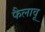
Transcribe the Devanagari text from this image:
फैलावू